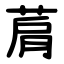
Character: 菺